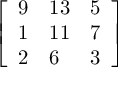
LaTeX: \left[ \begin{array} { l l l } { 9 } & { 1 3 } & { 5 } \\ { 1 } & { 1 1 } & { 7 } \\ { 2 } & { 6 } & { 3 } \end{array} \right]